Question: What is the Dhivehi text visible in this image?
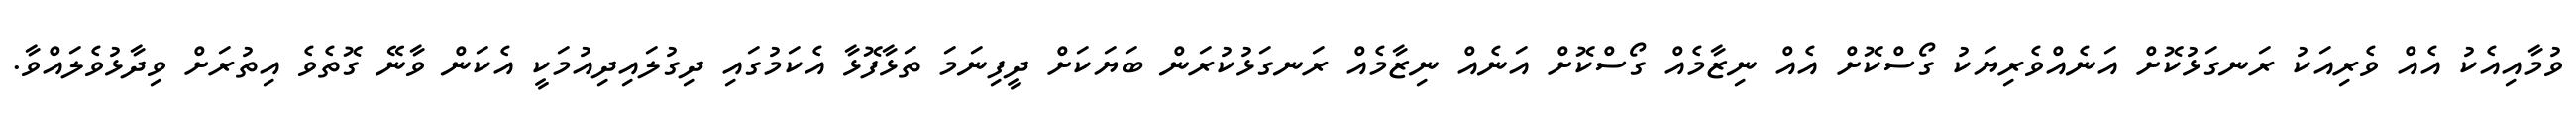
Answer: ވުމާއިއެކު އެއް ވެރިއަކު ރަނގަޅުކޮށް އަނެއްވެރިޔަކު ގޯސްކޮށް އެއް ނިޒާމެއް ގޯސްކޮށް އަނެއް ނިޒާމެއް ރަނގަޅުކުރަން ބަޔަކަށް ދީފިނަމަ ތަޅާފޮޅާ އެކަމުގައި ދިގުލައިދިއުމަކީ އެކަން ވާނޭ ގޮތެވެ އިތުރަށް ވިދާޅުވެލައްވާ.